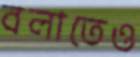
বলাতেও